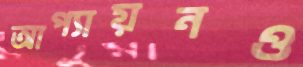
আপ্যায়নও